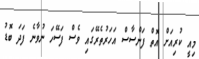
މިއީ ކުރިއަށް އޮތް ފަންސާސް އަހަރުތެރޭގައި ވެސް ފަސޭހަ ނުވާނެ ފަދަ ބޮޑު